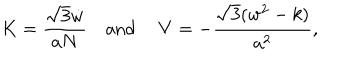
K = \frac { \sqrt 3 \dot { w } } { a N } \quad \mathrm { a n d ~ } \quad V = - \frac { \sqrt 3 ( w ^ { 2 } - k ) } { a ^ { 2 } } ,